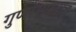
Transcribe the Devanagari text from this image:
गुणाभ्यस्तान्